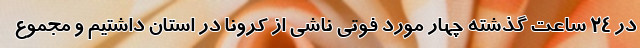
در ۲۴ ساعت گذشته چهار مورد فوتی ناشی از کرونا در استان داشتیم و مجموع